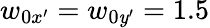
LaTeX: w_{0x^{\prime}}=w_{0\mathit{y}^{\prime}}=1.5